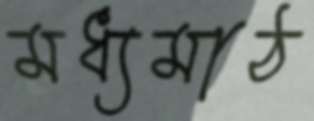
মধ্যমাঠ